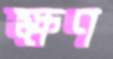
ক্ষণ